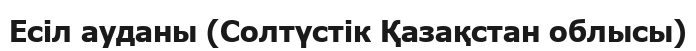
Есіл ауданы (Солтүстік Қазақстан облысы)